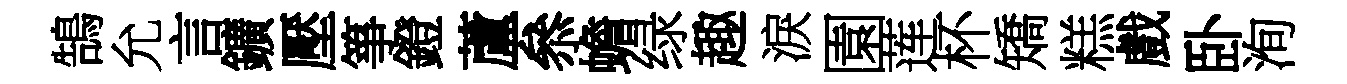
鵠允言鑛壓箏鐙蘆叅蟾绿趣淚園莲杯矯糕戲卧洵